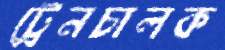
ট্রেনচালক